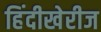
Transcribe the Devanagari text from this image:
हिंदीखेरीज